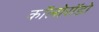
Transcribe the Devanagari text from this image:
कॉलोरॉडो